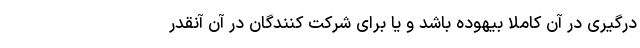
درگیری در آن کاملاً بیهوده باشد و یا برای شرکت کنندگان در آن آنقدر